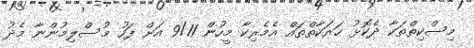
މިސްކިތްތަކާ ދެކޮޅު ހަރަކާތްތައް އެމެރިކާ މީހުން 9/11 އަށް ފަހު މުސްލިމުންނާ މެދު